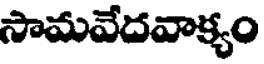
సామవేదవాక్యం